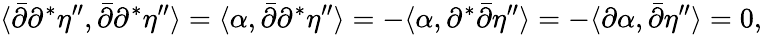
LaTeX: \langle{\bar{\partial}}\partial^{*}\eta^{\prime\prime},{\bar{\partial}}\partial^{*}\eta^{\prime\prime}\rangle=\langle\alpha,{\bar{\partial}}\partial^{*}\eta^{\prime\prime}\rangle=-\langle\alpha,\partial^{*}{\bar{\partial}}\eta^{\prime\prime}\rangle=-\langle\partial\alpha,{\bar{\partial}}\eta^{\prime\prime}\rangle=0,